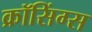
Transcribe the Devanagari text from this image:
क्रॉसिंग्स